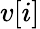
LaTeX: v[i]